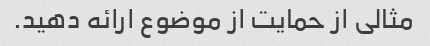
مثالی از حمایت از موضوع ارائه دهید.